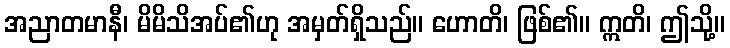
အညာတမာနီ၊ မိမိသိအပ်၏ဟု အမှတ်ရှိသည်။ ဟောတိ၊ ဖြစ်၏။ ဣတိ၊ ဤသို့။